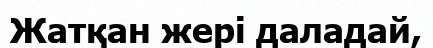
Жатқан жері даладай,